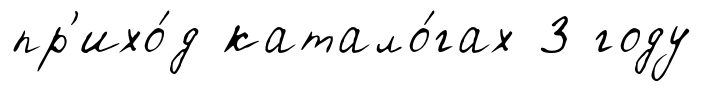
пр'ихо́д катало́гах 3 году